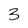
Character: 3